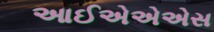
આઈએએએસ